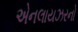
એનલાયઝરનો